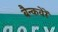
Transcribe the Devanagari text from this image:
बैन्कवेरें